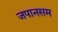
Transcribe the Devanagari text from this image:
जपानसम